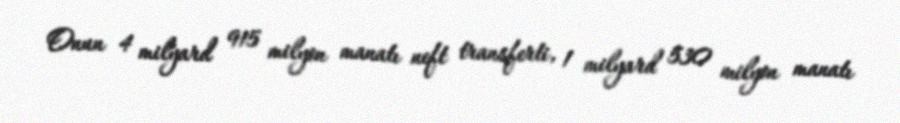
Onun 4 milyard 915 milyon manatı neft transferti, 1 milyard 530 milyon manatı